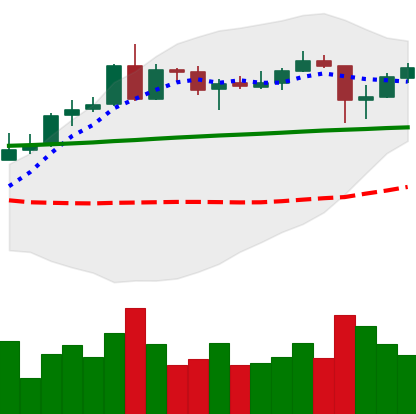
Ticker: ADA-USD
Chart end date: 2020-05-13
Forward return: 5.401%
Label: up_5_7